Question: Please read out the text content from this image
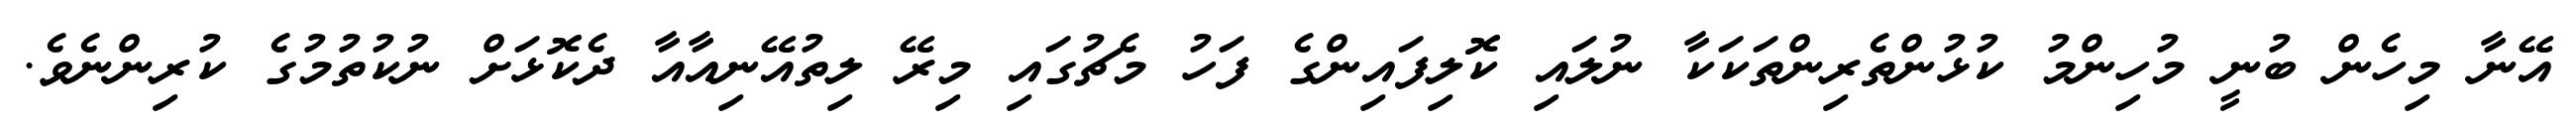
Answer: އޭނާ މިހެން ބުނީ މުހިންމު ކުޅުންތެރިންތަކަކާ ނުލައި ކޮލިފައިންގެ ފަހު މެޗުގައި މިރޭ ލިތުއޭނިއާއާ ދެކޮޅަށް ނުކުތުމުގެ ކުރިންނެވެ.